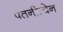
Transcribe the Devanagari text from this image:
पतनीत्वेन